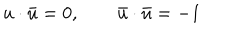
u \cdot \bar { u } = 0 , \qquad \bar { u } \cdot \bar { u } = - 1